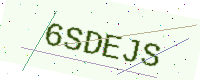
Text: 6SDEJS